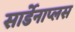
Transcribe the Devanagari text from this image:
सार्डेनाप्लस